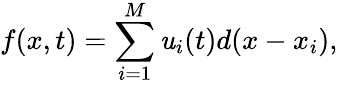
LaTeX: f(x,t)=\sum_{i=1}^{M}\mathit{u}_{i}(t)d(x-x_{i}),